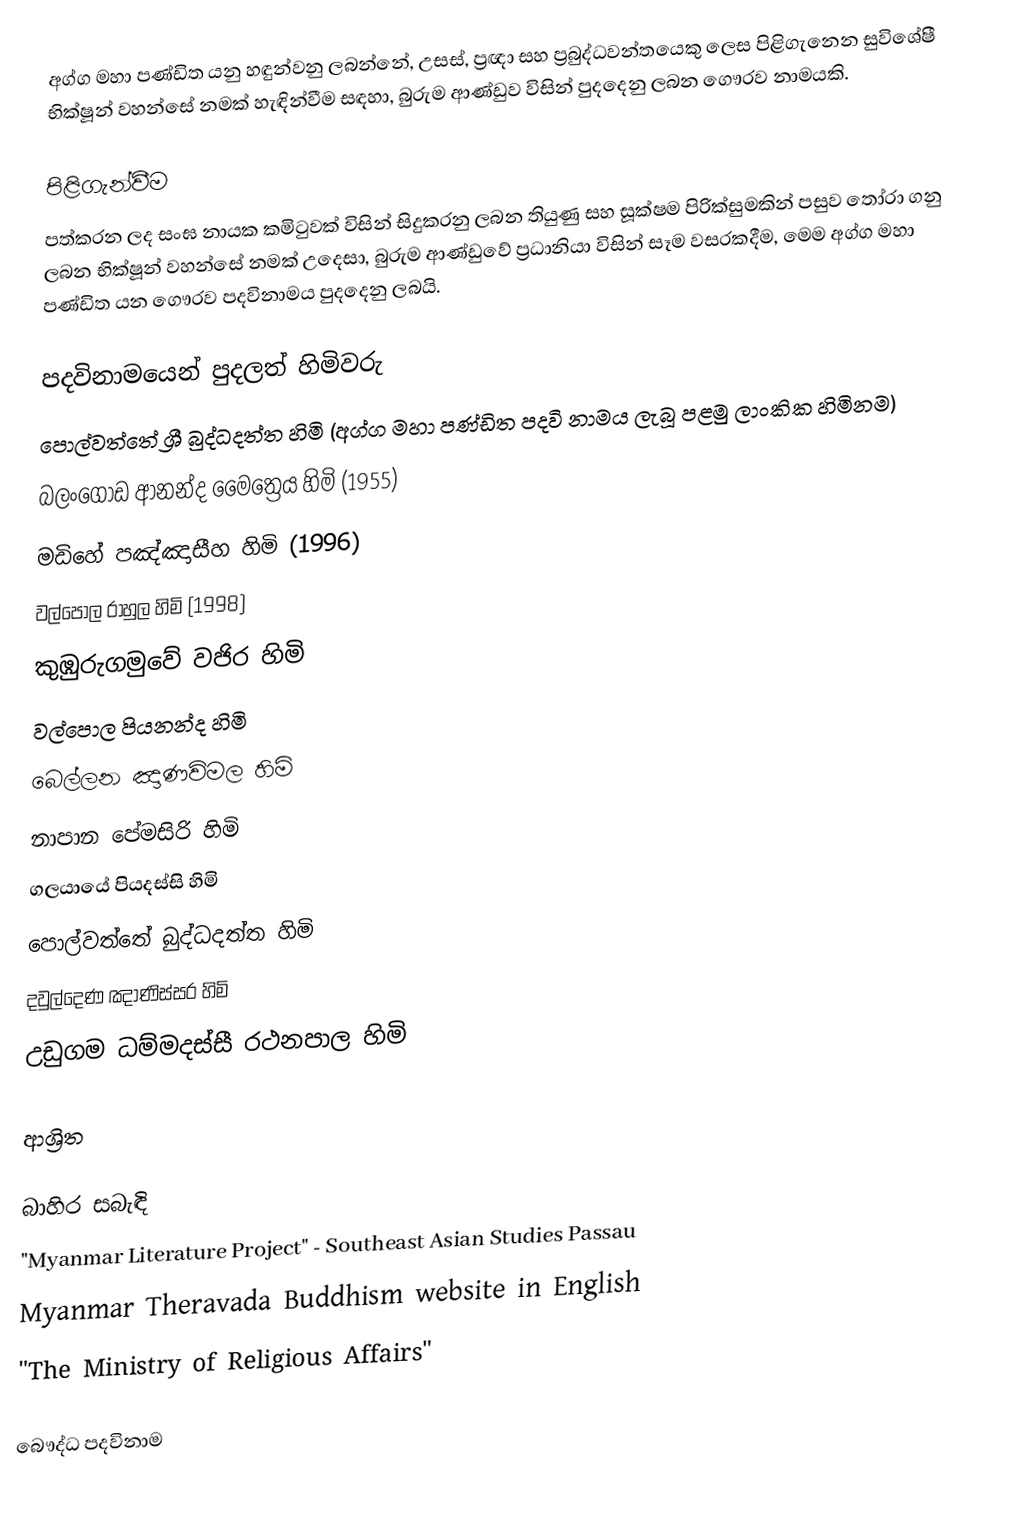
අග්ග මහා පණ්ඩිත යනු හඳුන්වනු ලබන්නේ, උසස්, ප්‍රඥා සහ ප්‍රබුද්ධවන්තයෙකු ලෙස පිළිගැනෙන සුවිශේෂී භික්ෂූන් වහන්සේ නමක් හැඳින්වීම සඳහා, බුරුම ආණ්ඩුව විසින් පුදදෙනු ලබන ගෞරව නාමයකි.

පිළිගැන්වීම
පත්කරන ලද සංඝ නායක කමිටුවක් විසින් සිදුකරනු ලබන තියුණු සහ සූක්ෂම පිරික්සුමකින් පසුව තෝරා ගනු ලබන භික්ෂූන් වහන්සේ නමක් උදෙසා, බුරුම ආණ්ඩුවේ ප්‍රධානියා විසින් සෑම වසරකදීම, මෙම අග්ග මහා පණ්ඩිත යන ගෞරව පදවිනාමය පුදදෙනු ලබයි.

පදවිනාමයෙන් පුදලත් හිමිවරු
පොල්වත්තේ ශ්‍රී බුද්ධදත්ත හිමි (අග්ග මහා පණ්ඩිත පදවි නාමය ලැබූ පළමු ලාංකික හිමිනම)
බලංගොඩ ආනන්ද මෛත්‍රෙය හිමි (1955)
මඩිහේ පඤ්ඤාසීහ හිමි (1996)
වල්පොල රාහුල හිමි (1998)
කුඹුරුගමුවේ වජිර හිමි
වල්පොල පියනන්ද හිමි
බෙල්ලන ඤාණවිමල හිමි
නාපාන පේමසිරි හිමි
ගලයායේ පියදස්සි හිමි
පොල්වත්තේ බුද්ධදත්ත හිමි
දවුල්දෙණ ඤාණිස්‌සර හිමි
උඩුගම ධම්මදස්සී රථනපාල හිමි

ආශ්‍රිත

බාහිර සබැඳි
 "Myanmar Literature Project" - Southeast Asian Studies Passau
 Myanmar Theravada Buddhism website in English
 "The Ministry of Religious Affairs"

බෞද්ධ පදවිනාම